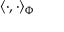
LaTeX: \langle \cdot , \cdot \rangle _ { \Phi }